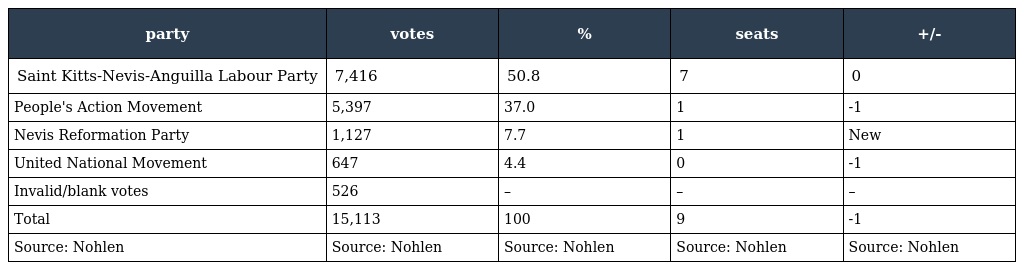
| party | votes | % | seats | +/- |
 | --- | --- | --- | --- | --- |
 | Saint Kitts-Nevis-Anguilla Labour Party | 7,416 | 50.8 | 7 | 0 |
 | People's Action Movement | 5,397 | 37.0 | 1 | -1 |
 | Nevis Reformation Party | 1,127 | 7.7 | 1 | New |
 | United National Movement | 647 | 4.4 | 0 | -1 |
 | Invalid/blank votes | 526 | – | – | – |
 | Total | 15,113 | 100 | 9 | -1 |
 | Source: Nohlen | Source: Nohlen | Source: Nohlen | Source: Nohlen | Source: Nohlen |